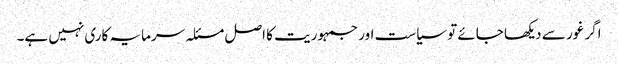
اگر غور سے دیکھا جائے تو سیاست اور جمہوریت کا اصل مسئلہ سرمایہ کاری نہیں ہے۔